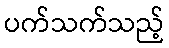
ပက်သက်သည့်